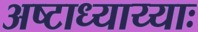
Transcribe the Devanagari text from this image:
अष्टाध्याय्याः